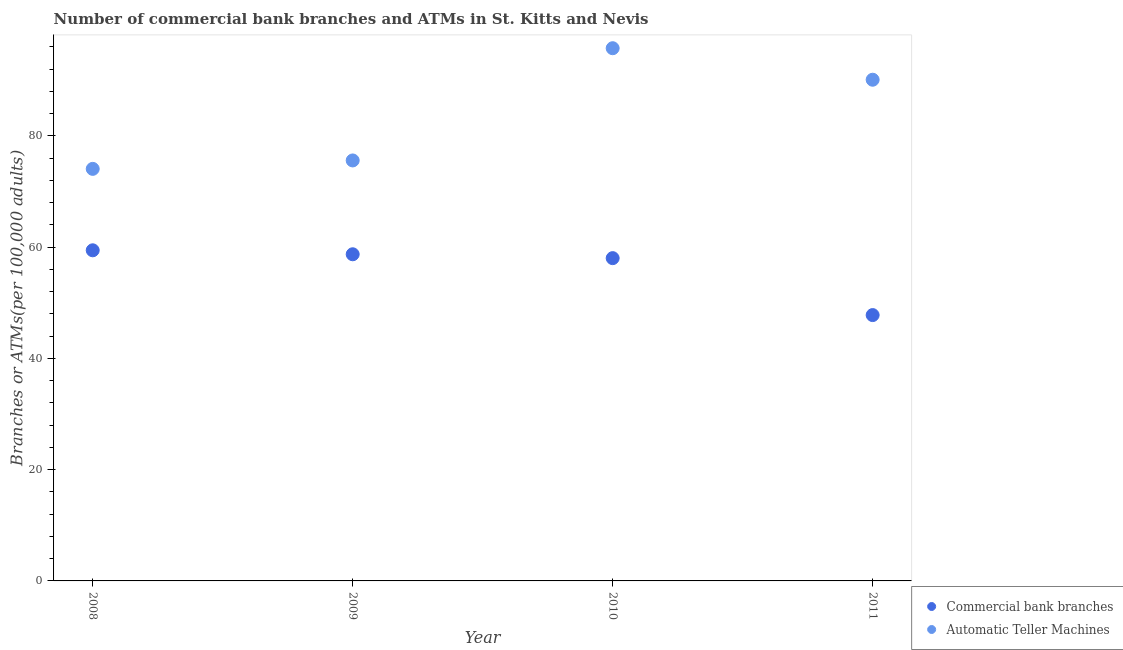
| Year | Commercial bank branches | Automatic Teller Machines |
 | --- | --- | --- |
 | 2008 | 59.4 | 74.1 |
 | 2009 | 58.7 | 75.6 |
 | 2010 | 58 | 95.8 |
 | 2011 | 47.8 | 90.1 |